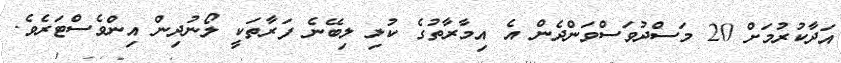
އަދާކުރުމަށް 20 މަސްދުވަސްވަންދެން އެ އިމާރާތުގެ ކުލި ލިބޭނެ ފަރާތަކީ ލޯނުދިން އިންވެސްޓަރެވެ.